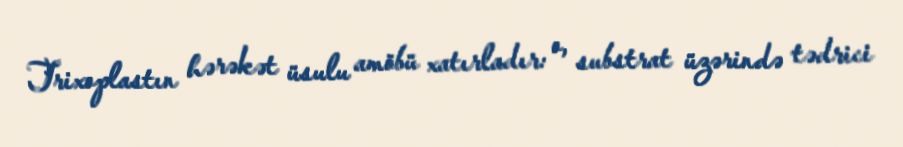
Trixoplastın hərəkət üsulu amöbü xatırladır: o, substrat üzərində tədrici